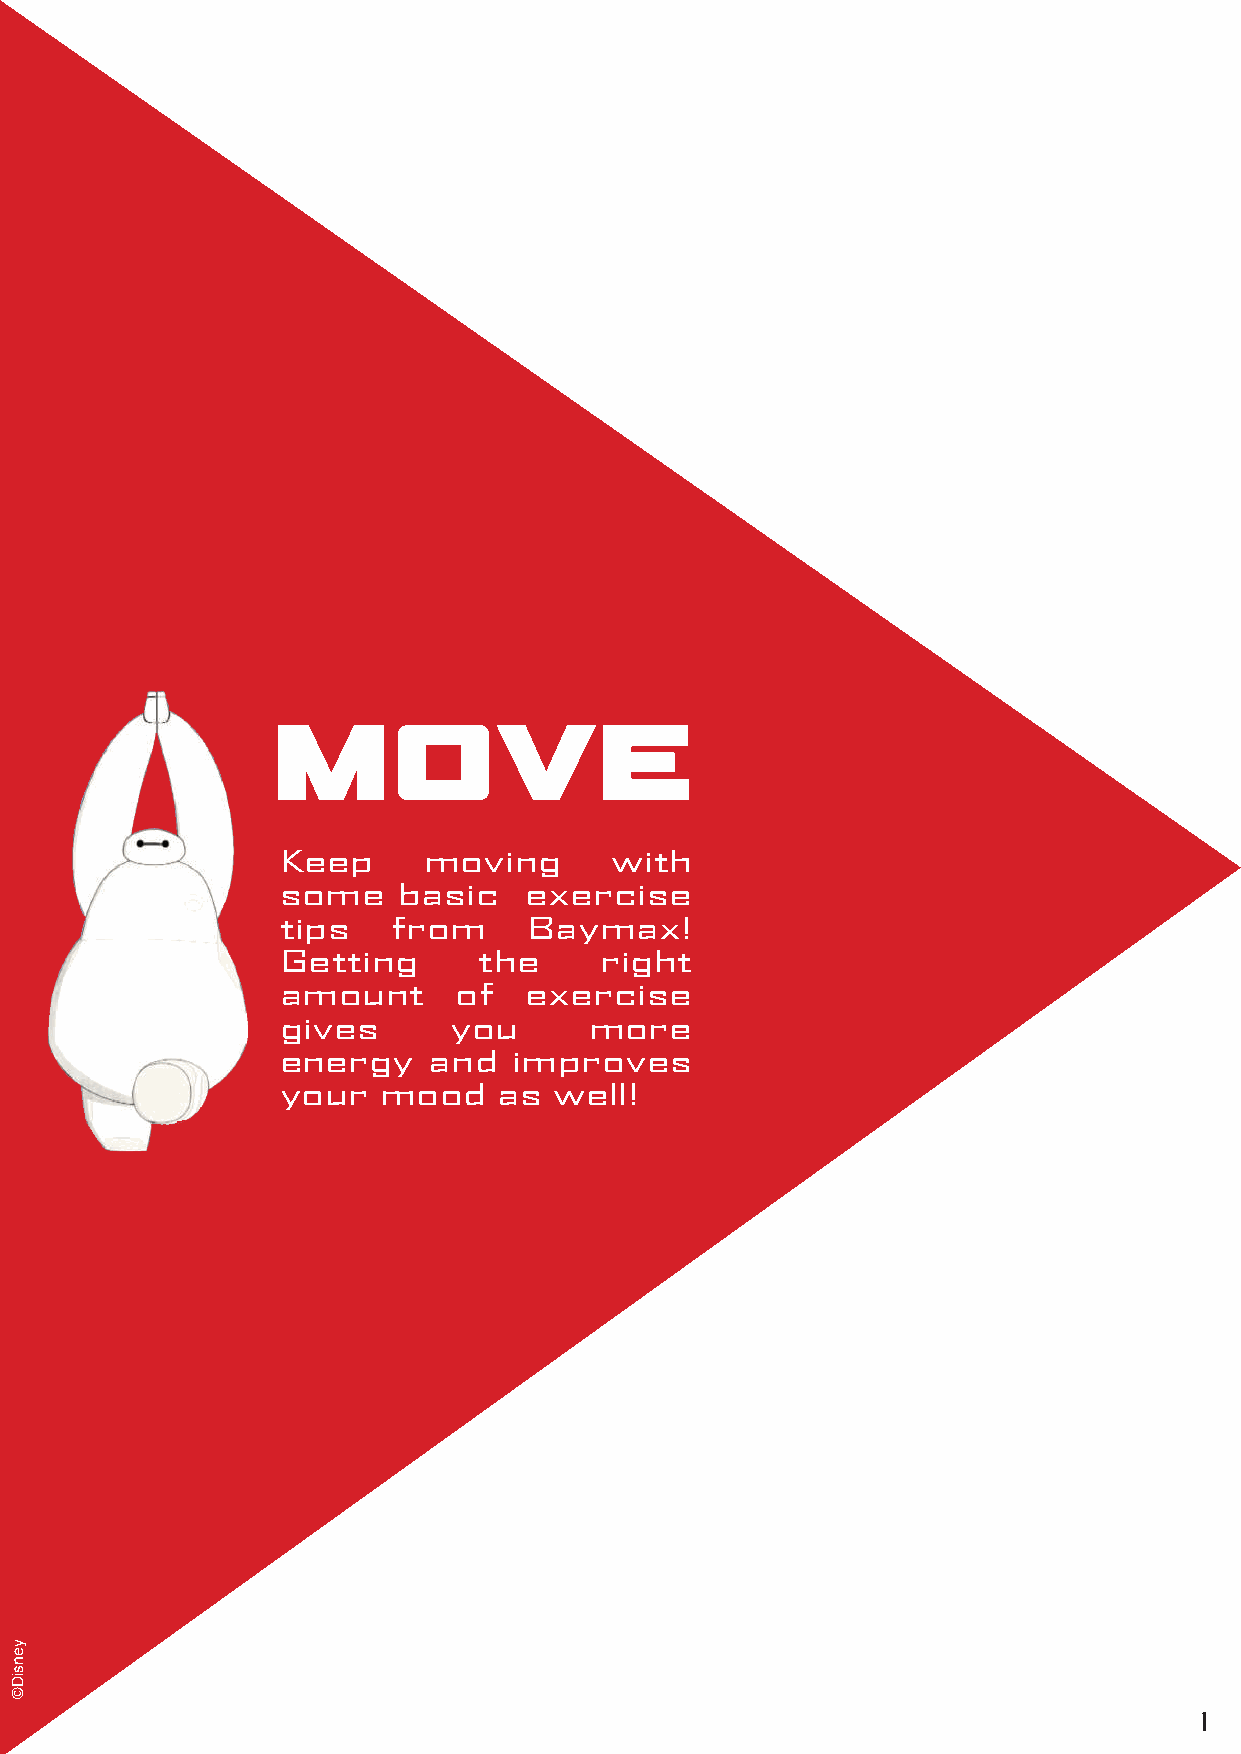
MOVE
 Keep      moving      with
 some    basic    exercise
 tips    from     Baymax!
 Getting       the     right
 amount      of   exercise
 gives       you      more
 energy    and   improves
 your   mood    as  well!
 1
 yensiD©